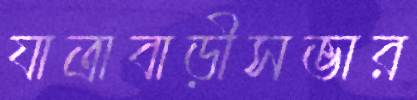
যাত্রাবাড়ীসভার